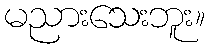
မညားသေးဘူး။